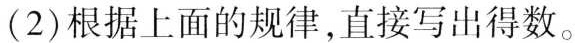
(2)根据上面的规律，直接写出得数。